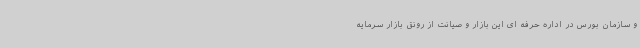
و سازمان بورس در اداره حرفه ای این بازار و صیانت از رونق بازار سرمایه